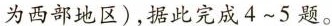
为西部地区)，据此完成4~5题。